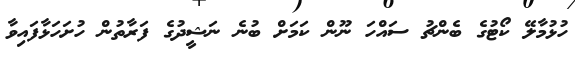
ހުޅުމާލޭ ކޯޓުގެ ބެންޗު ސައްހަ ނޫން ކަމަށް ބުނެ ނަޝީދުގެ ފަރާތުން ހުށަހަޅާފައިވާ